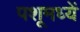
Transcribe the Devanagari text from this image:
पशूमध्यें